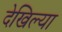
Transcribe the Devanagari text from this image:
देखिल्या